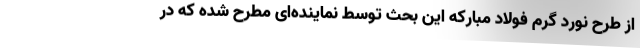
از طرح نورد گرم فولاد مبارکه این بحث توسط نماینده‌ای مطرح شده که در